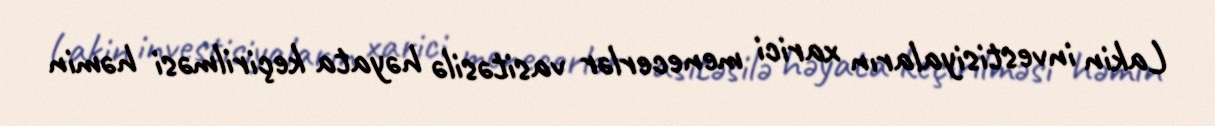
Lakin investisiyaların xarici menecerlər vasitəsilə həyata keçirilməsi həmin